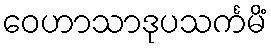
ဝေဟာသာဒုပသင်္ကမိံ